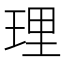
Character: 理